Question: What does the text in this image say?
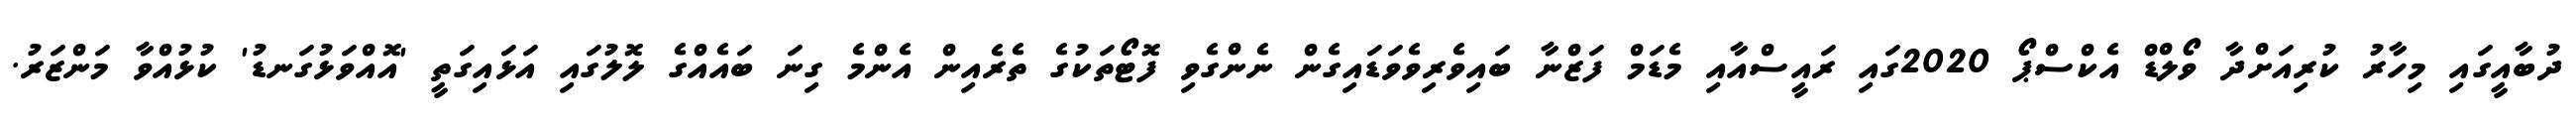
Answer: ދުބާއީގައި މިހާރު ކުރިއަށްދާ ވޯލްޑް އެކްސްޕޯ 2020ގައި ރައީސްއާއި މެޑަމް ފަޒްނާ ބައިވެރިވެވަޑައިގެން ނެންގެވި ފޮޓޯތަކުގެ ތެރެއިން އެންމެ ގިނަ ބައެއްގެ ލޮލުގައި އަޅައިގަތީ 'އޮއްވަޅުގަނޑު' ކުޅުއްވާ މަންޒަރު.